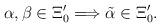
LaTeX: \begin{align*}\alpha, \beta \in \Xi'_0 \Longrightarrow \tilde{\alpha } \in \Xi'_0.\end{align*}